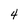
Character: 4